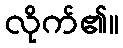
လိုက်၏။